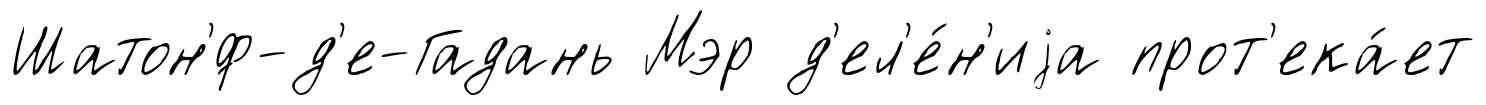
Шатон'́ф-д'е-Гадань Мэр д'ел'е́н'иjа прот'ека́ет